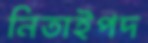
নিতাইপদ